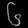
Digit: ၆